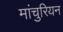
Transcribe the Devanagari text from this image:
मांचुरियन